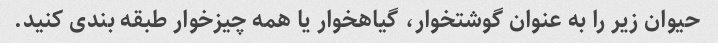
حیوان زیر را به عنوان گوشتخوار، گیاهخوار یا همه چیزخوار طبقه بندی کنید.